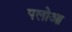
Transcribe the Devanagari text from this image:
पलोआ